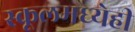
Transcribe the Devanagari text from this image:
स्कूलमध्येही